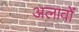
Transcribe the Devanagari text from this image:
अलावों